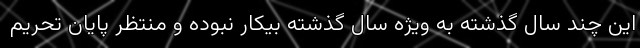
این چند سال گذشته به ویژه سال گذشته بیکار نبوده و منتظر پایان تحریم